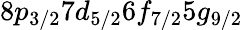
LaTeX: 8p_{3/2}7d_{5/2}6f_{7/2}5g_{9/2}